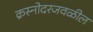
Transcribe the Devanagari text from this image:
क्रस्नोदरजवळील